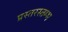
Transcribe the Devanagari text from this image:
प्रस्तरस्तम्भ